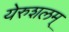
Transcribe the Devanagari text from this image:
येरुशलम्